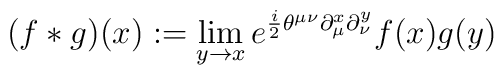
(f*g)(x) := \lim_{y\rightarrow x}e^{\frac{i}{2}\theta^{\mu\nu} \partial^x_\mu\partial^y_\nu}f(x) g(y)